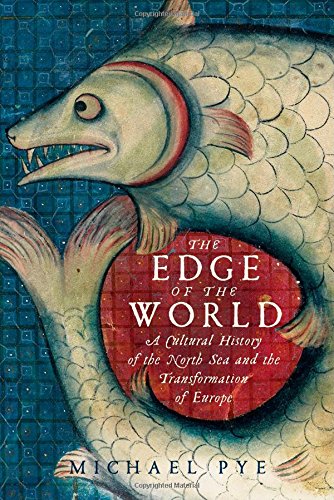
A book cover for The Edge of the World: A Cultural History of the North Sea and the Transformation of Europe; Michael Pye; History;